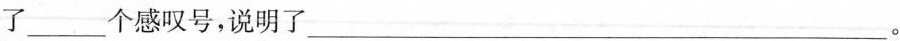
了___个感叹号，说明了___。